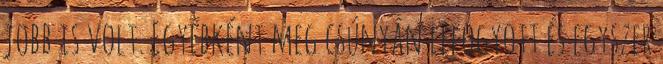
jobb is volt. Egyébként meg csúnyán lefogyott és egyszer